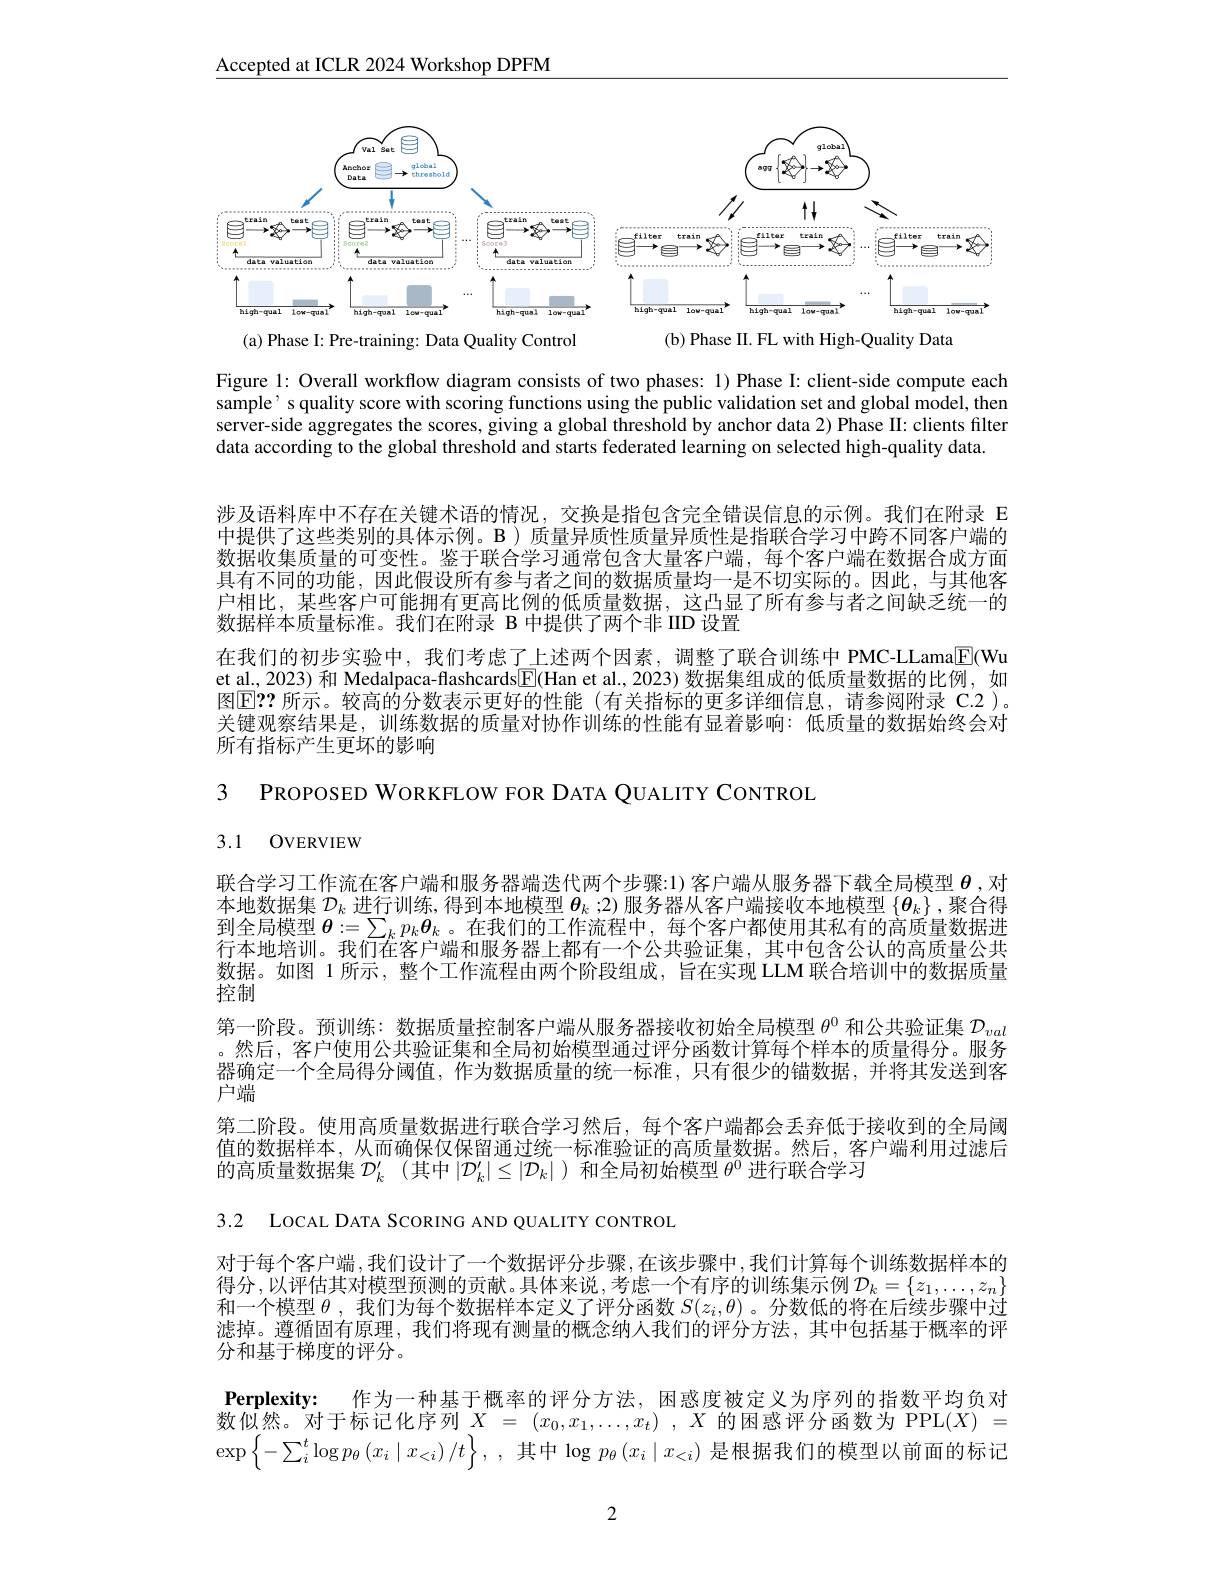
$\underline{\mathrm{Accepted~at~ICLR~2024~Workshop~DPFM}}$

<FigureHere>
(b) Phase II. FL with High-Quality Data
(a) Phase I: Pre-training: Data Quality Control

Figure 1: Overall workflow diagram consists of two phases: 1) Phase I: client-side compute each sample’ s quality score with scoring functions using the public validation set and global model, then server-side aggregates the scores, giving a global threshold by anchor data 2) Phase II: clients filter data according to the global threshold and starts federated learning on selected high-quality data

涉及语料库中不存在关键术语的情况，交换是指包含完全错误信息的示例。我们在附录 E 中提供了这些类别的具体示例。B)质量异质性质量异质性是指联合学习中跨不同客户端的数据收集质量的可变性。鉴于联合学习通常包含大量客户端，每个客户端在数据合成方面具有不同的功能，因此假设所有参与者之间的数据质量均一是不切实际的。因此，与其他客户相比，某些客户可能拥有更高比例的低质量数据，这凸显了所有参与者之间缺乏统一的数据样本质量标准。我们在附录 B 中提供了两个非 IID 设置

在我们的初步实验中，我们考虑了上述两个因素，调整了联合训练中 PMC-LLama$\overline{\mathrm{E}}($Wu et al., 2023) 和 Medalpaca-flashcards$\boxed{\mathrm{F}}($Han et al., 2023) 数据集组成的低质量数据的比例，如图$\mathbb{E}$? 所示。较高的分数表示更好的性能(有关指标的更多详细信息，请参阅附录 C.2 )。关键观察结果是，训练数据的质量对协作训练的性能有显着影响：低质量的数据始终会对所有指标产生更坏的影响

3 PROPOSED WORKFLOW FOR DATA QUALITY CONTROL

# 3.1 OVERVIEW

联合学习工作流在客户端和服务器端迭代两个步骤：1)客户端从服务器下载全局模型$\theta$ ,对本地数据集$\mathcal{D}_k$进行训练，得到本地模型$\boldsymbol\theta_k:2)$服务器从客户端接收本地模型$\{\boldsymbol\theta_k\}$ ,聚合得到全局模型$\boldsymbol{\theta}:=\sum_kp_k\boldsymbol{\theta}_k$ 。在我们的工作流程中，每个客户都使用其私有的高质量数据进行本地培训。我们在客户端和服务器上都有一个公共验证集，其中包含公认的高质量公共数据。如图 1 所示 , 整个工作流程由两个阶段组成，旨在实现 LLM 联合培训中的数据质量控制
第一阶段。预训练：数据质量控制客户端从服务器接收初始全局模型$\theta^{0}$和公共验证集$\mathcal{D}_val$ 。然后，客户使用公共验证集和全局初始模型通过评分函数计算每个样本的质量得分。服务器确定一个全局得分阈值，作为数据质量的统一标准，只有很少的锚数据，并将其发送到客户端
第二阶段。使用高质量数据进行联合学习然后，每个客户端都会丢弃低于接收到的全局阈值的数据样本，从而确保仅保留通过统一标准验证的高质量数据。然后，客户端利用过滤后的高质量数据集$\mathcal{D}_k^{\prime}$ (其中$|\mathcal{D}_k^\prime|\leq|\mathcal{D}_k|$ )和全局初始模型$\theta^0$进行联合学习

3.2 LOCAL DATA SCORING AND QUALITY CONTROL

对于每个客户端，我们设计了一个数据评分步骤，在该步骤中，我们计算每个训练数据样本的得分，以评估其对模型预测的贡献。具体来说，考虑一个有序的训练集示例$\mathcal{D}_k=\{z_1,\ldots,z_n\}$ 和一个模型$\theta$ ,我们为每个数据样本定义了评分函数$S(z_i,\theta)$ 。分数低的将在后续步骤中过滤掉。遵循固有原理，我们将现有测量的概念纳人我们的评分方法，其中包括基于概率的评分和基于梯度的评分。

Perplexity: 作为一种基于概率的评分方法，困惑度被定义为序列的指数平均负对

数似然。对于标记化序列$X=(x_0,x_1,\ldots,x_t)$ ,$X$的困惑评分函数为 PPL$(X)=$

$\exp \left \{ - \sum _{i}^{t}\log p_{\theta }\left ( x_{i}\mid x_{< i}\right ) / t\right \} $, , 其 中  $\log p_{\theta }\left ( x_{i}\mid x_{< i}\right )$是根据我们的模型以前面的标记

2